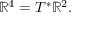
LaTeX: \mathbb { R } ^ { 4 } = T ^ { * } \mathbb { R } ^ { 2 } .